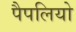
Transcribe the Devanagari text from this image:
पैपलियो